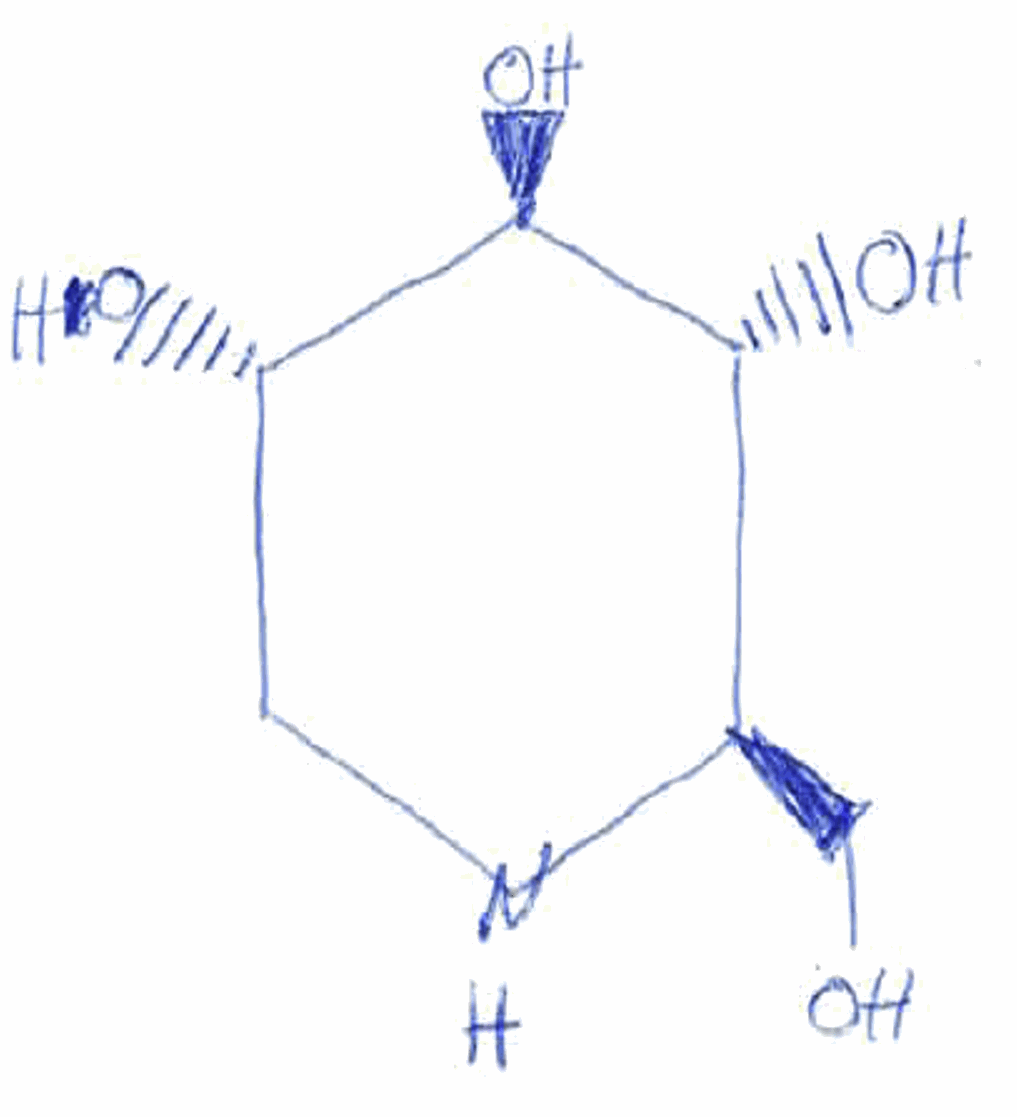
Simplified molecular-input line-entry system (SMILES) notation of the given molecule:
C1[C@@H]([C@H]([C@@H]([C@H](N1)CO)O)O)O